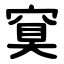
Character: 䆩